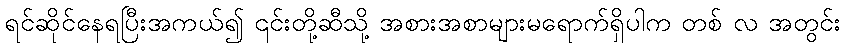
ရင်ဆိုင်နေရပြီးအကယ်၍ ၎င်းတို့ဆီသို့ အစားအစာများမရောက်ရှိပါက တစ် လ အတွင်း